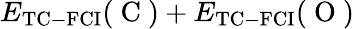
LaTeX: E_{\mathrm{{TC-FCI}}}(\mathrm{~C~})+E_{\mathrm{{TC-FCI}}}(\mathrm{~O~})